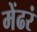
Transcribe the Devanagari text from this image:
मेंढरं